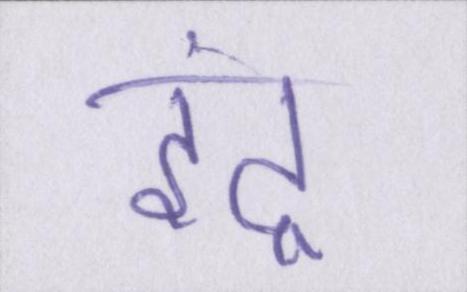
इंद्र